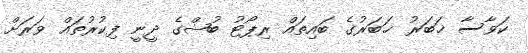
ކަވާސާ ޚަބަރު ޚަބަރުގެ ބައިތައް ރިޕޯޓު ބުޝްގެ ދީނީ ފިކުރުތައް ވަރަށް